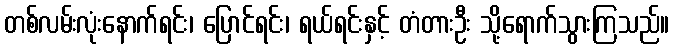
တစ်လမ်းလုံးနောက်ရင်း၊ ပြောင်ရင်း၊ ရယ်ရင်းနှင့် တံတားဦး သို့ရောက်သွားကြသည်။